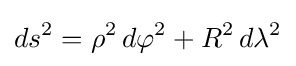
ds^{2}=\rho ^{2}\,d\varphi ^{2}+R^{2}\,d\lambda ^{2}